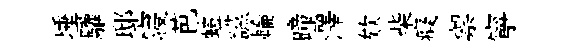
埵驩邸寝芭螘讌輪曈澤欸柴癡禦寧